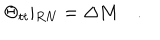
LaTeX: \Theta _ { t t } \vert _ { R N } = \Delta M \quad .